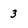
Character: 3